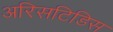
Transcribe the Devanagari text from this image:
अरिसटिडिस